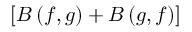
\left[ { B \left( { f , g } \right) + B \left( { g , f } \right) } \right]